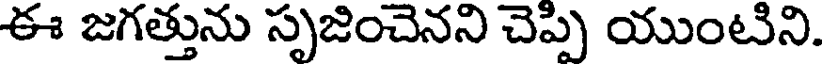
ఈ జగత్తును సృజించెనని చెప్పి యుంటిని.